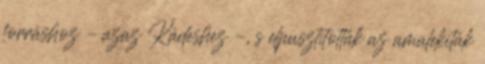
forráshoz – azaz Kádeshez –, s elpusztították az amalekiták